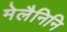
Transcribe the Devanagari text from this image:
मेलैनिनि